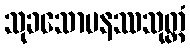
သုခသောမနဿသုတ္တံ